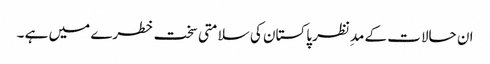
ان حالات کے مدِنظر پاکستان کی سلامتی سخت خطرے میں ہے ۔